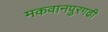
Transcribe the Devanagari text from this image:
मकवानपुरगढी